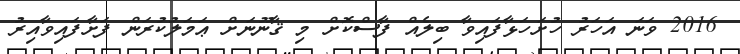
2016 ވަނަ އަހަރު ހުށަހަޅާފައިވާ ބިލެއް ފާސްކޮށް މި ޤާނޫނަށް ޢަމަލުކުރަން ފަށާފައިވާއިރު